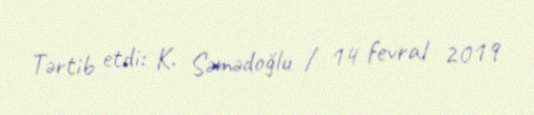
Tərtib etdi: K. Səmədoğlu / 14 fevral 2019